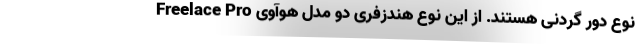
نوع دور گردنی هستند. از این نوع هندزفری دو مدل هوآوی Freelace Pro